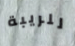
للريبة